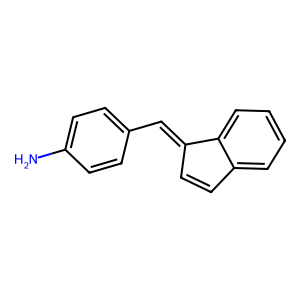
SMILES: Nc1ccc(C=C2C=Cc3ccccc32)cc1
Inhibits HIV replication: No